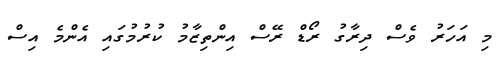
މި އަހަރު ވެސް ދިރާގު ރޯޑް ރޭސް އިންތިޒާމު ކުުރުމުގައި އެންމެ އިސް